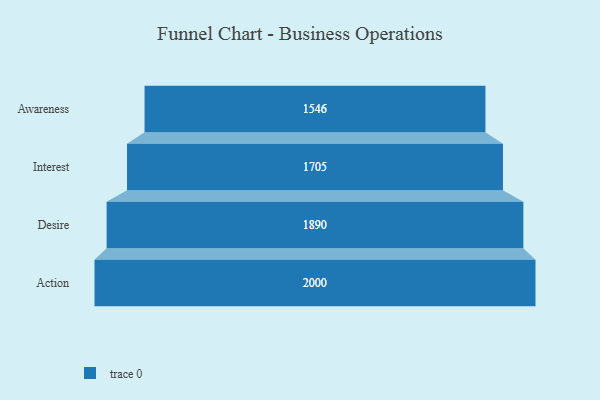
{"axis": {"x": "Stage", "y": "Value"}, "legend": [""], "data": [{"x": "Awareness", "y": 1546.0, "type": ""}, {"x": "Interest", "y": 1705.0, "type": ""}, {"x": "Desire", "y": 1890.0, "type": ""}, {"x": "Action", "y": 2000, "type": ""}]}